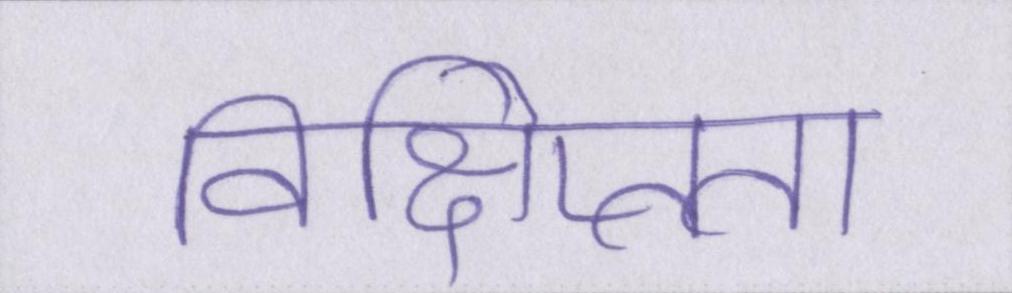
विक्षिप्तता